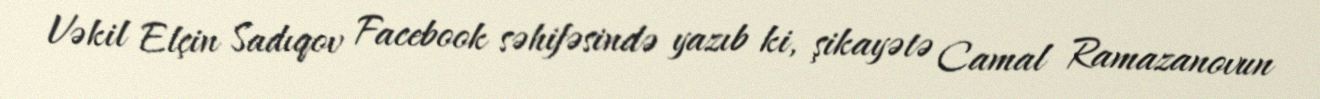
Vəkil Elçin Sadıqov Facebook səhifəsində yazıb ki, şikayətə Camal Ramazanovun